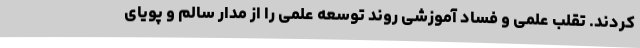
کردند. تقلب علمی و فساد آموزشی روند توسعه علمی را از مدار سالم و پویای